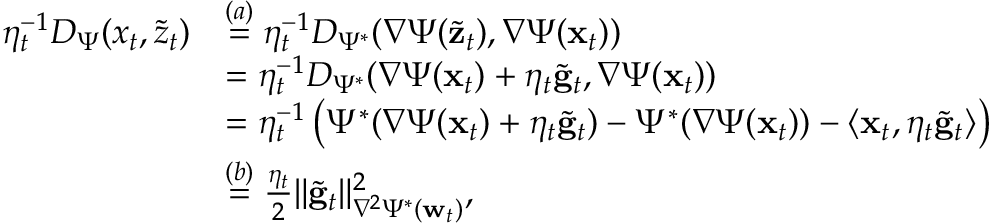
\begin{array} { r l } { \eta _ { t } ^ { - 1 } D _ { \Psi } ( x _ { t } , \widetilde { z } _ { t } ) } & { \stackrel { ( a ) } = \eta _ { t } ^ { - 1 } D _ { \Psi ^ { * } } ( \nabla \Psi ( \widetilde { \mathbf z } _ { t } ) , \nabla \Psi ( \mathbf x _ { t } ) ) } \\ & { = \eta _ { t } ^ { - 1 } D _ { \Psi ^ { * } } ( \nabla \Psi ( \mathbf x _ { t } ) + \eta _ { t } \widetilde { \mathbf g } _ { t } , \nabla \Psi ( \mathbf x _ { t } ) ) } \\ & { = \eta _ { t } ^ { - 1 } \left( \Psi ^ { * } ( \nabla \Psi ( \mathbf x _ { t } ) + \eta _ { t } \widetilde { \mathbf g } _ { t } ) - \Psi ^ { * } ( \nabla \Psi ( \mathbf x _ { t } ) ) - \langle \mathbf x _ { t } , \eta _ { t } \widetilde { \mathbf g } _ { t } \rangle \right) } \\ & { \stackrel { ( b ) } = \frac { \eta _ { t } } 2 \Vert \widetilde { \mathbf g } _ { t } \Vert _ { \nabla ^ { 2 } \Psi ^ { * } ( \mathbf w _ { t } ) } ^ { 2 } , } \end{array}